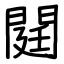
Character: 閮